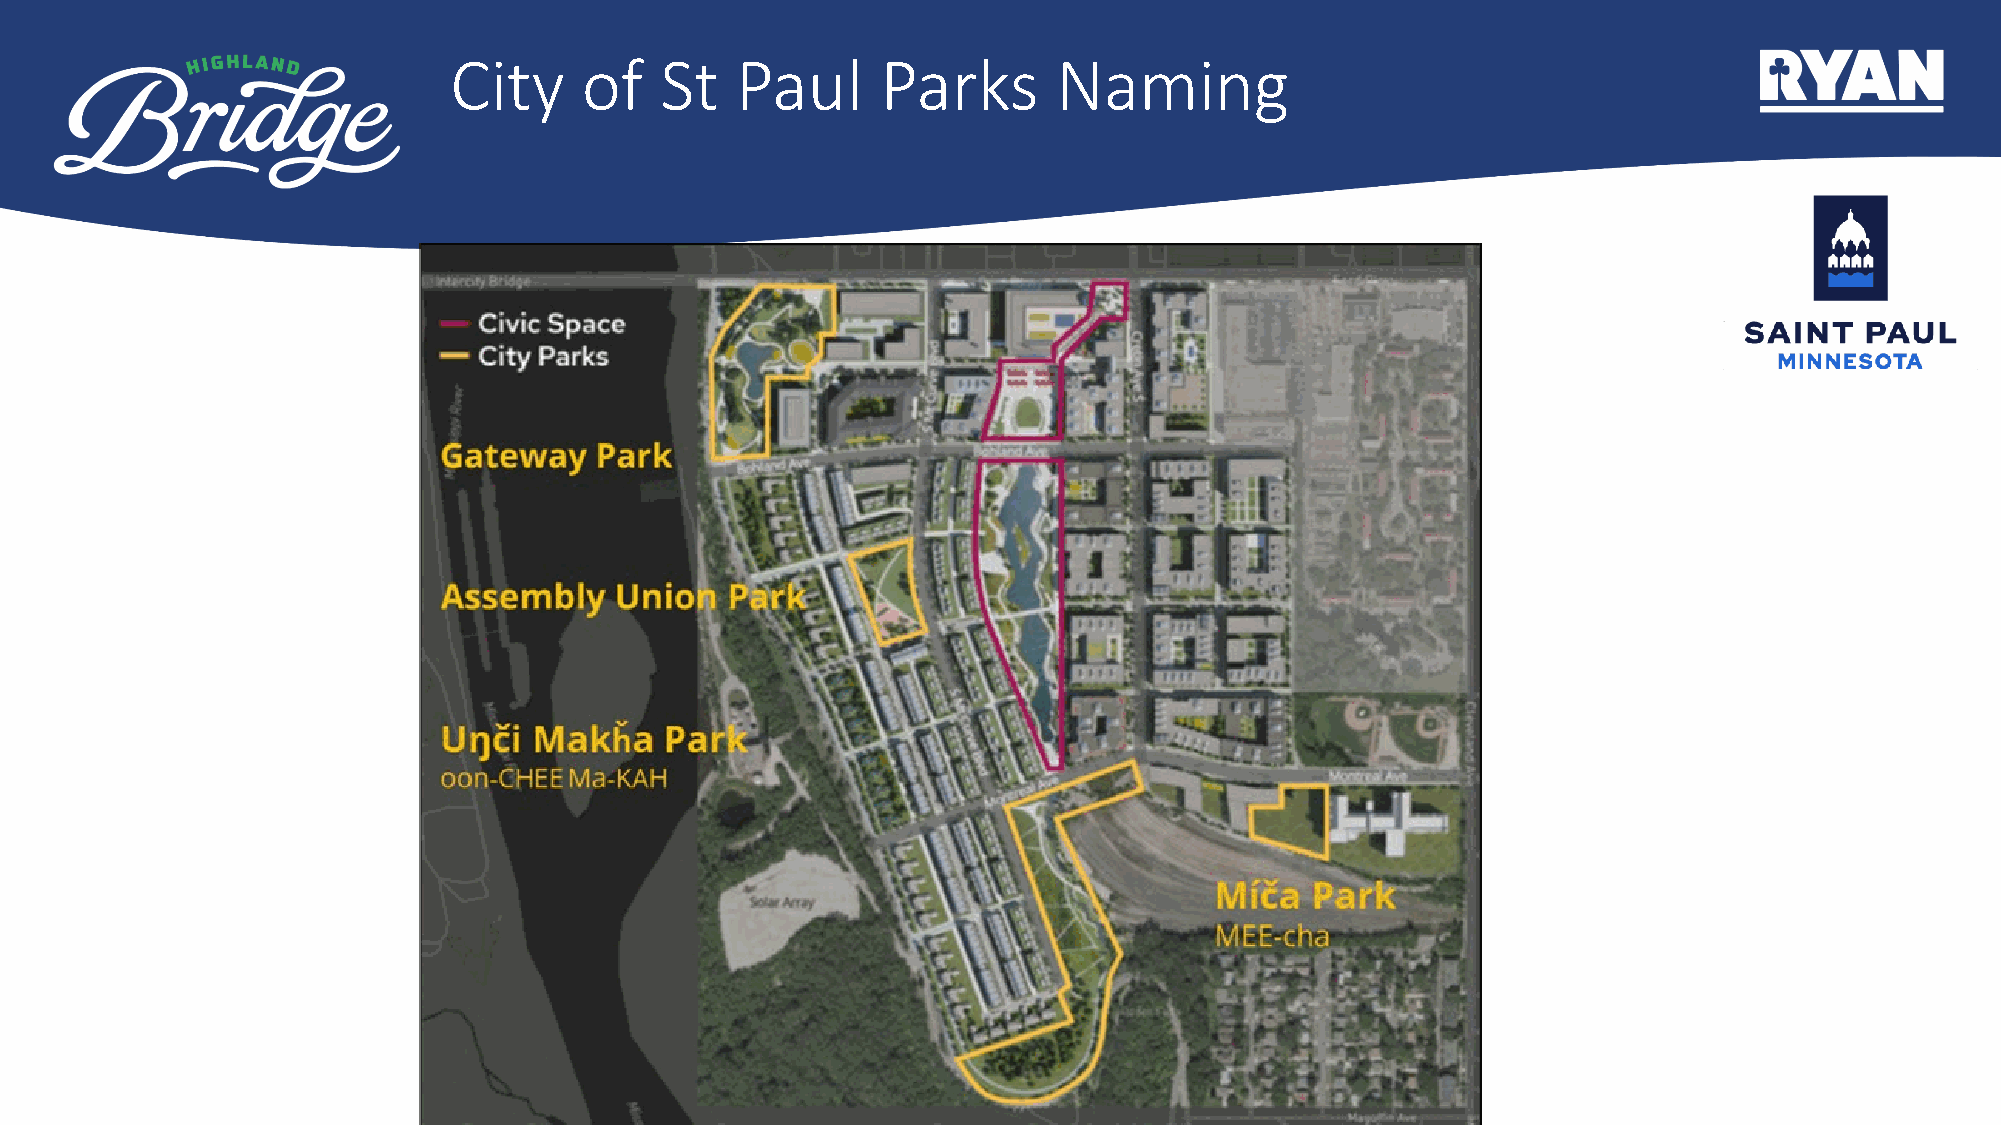
City     of   St   Paul     Parks       Naming